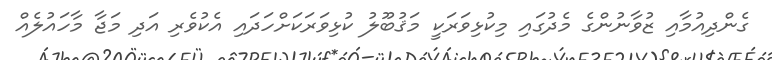
ގެންދިއުމާއި ޒުވާނުންގެ މެދުގައި މިކުޅިވަރަކީ މަޤުބޫލު ކުޅިވަރަކަށްހަދައި އެކުވެރި އަދި މަޖާ މާހައުލެއް